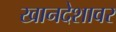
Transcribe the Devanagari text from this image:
खानदेशावर